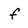
Character: f